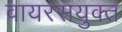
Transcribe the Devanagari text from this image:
वायरसयुक्त